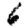
Digit: 6